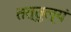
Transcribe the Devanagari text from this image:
तत्तुल्यं